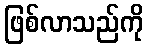
ဖြစ်လာသည်ကို